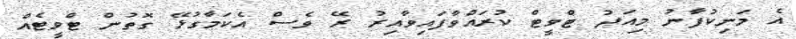
އެ މަނިކުފާނު މިއަދު ޓްވީޓް ކުރައްވާފައިވާއިރު ރޭ ވެސް އެކަމާގުޅޭ ގޮތުން ޓްވީޓެއް